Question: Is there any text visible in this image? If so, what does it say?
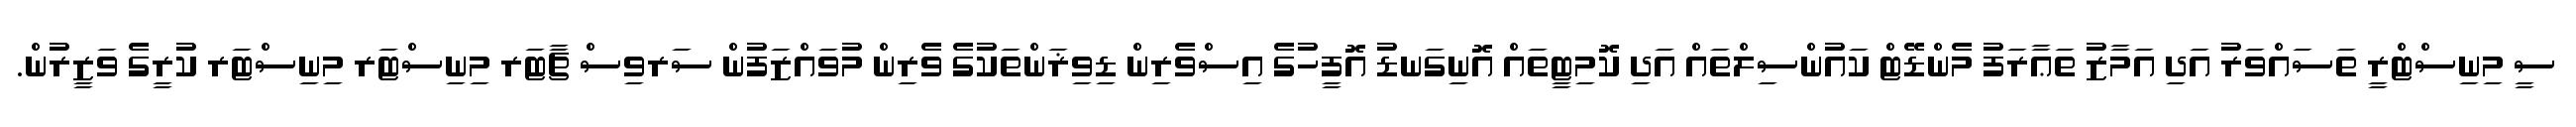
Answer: ސީ މިނިސްޓްރީ ތަސައްވަރު އަދި އަމާޒު ތަޢާރަފު މެންޑޭޓް ކައުންސިލްތައް އަދި ކޮމިޓީތައް އޮނިގަނޑު އޮފީހުގެ އިސްވެރިން ޑިވިޜަންތަކުގެ ވެރިން މުވައްޒަފުން ސަރވިސް ޗާޓަރ މިނިސްޓަރ މިނިސްޓަރ ކުރީގެ ވަޒީރުން.